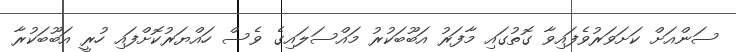
ސަންއަށް ކަށަވަރުވެފައިވާ ގޮތުގައި މާފަރު އަބޫބަކުރު މައްސަލައިގެ ވެސް ހައްޔަރުކޮށްފައި ހުރީ އަބޫބަކުރާ